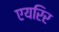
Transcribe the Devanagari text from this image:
एयरिर